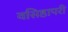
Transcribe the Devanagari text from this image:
वसिष्ठापरी